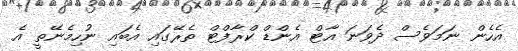
އެހެން ނަމަވެސް ދެވަނަ އާޓް އެންޑް ކްރާފްޓް ތެރޭގައި އެބައި ނުހިމެނޭތީ އެ